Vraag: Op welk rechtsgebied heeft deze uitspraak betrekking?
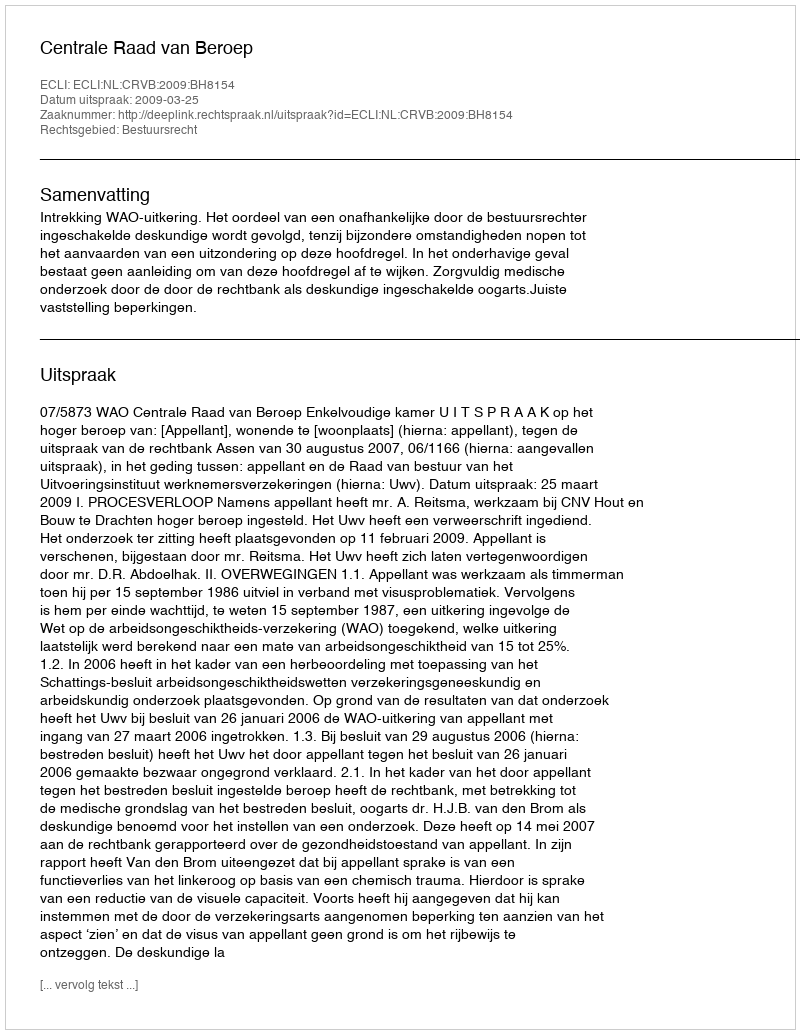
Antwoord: Bestuursrecht